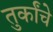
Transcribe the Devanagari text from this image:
तुर्कांचे